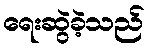
ရေးဆွဲခဲ့သည်